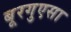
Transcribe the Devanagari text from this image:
बूरगुएसा